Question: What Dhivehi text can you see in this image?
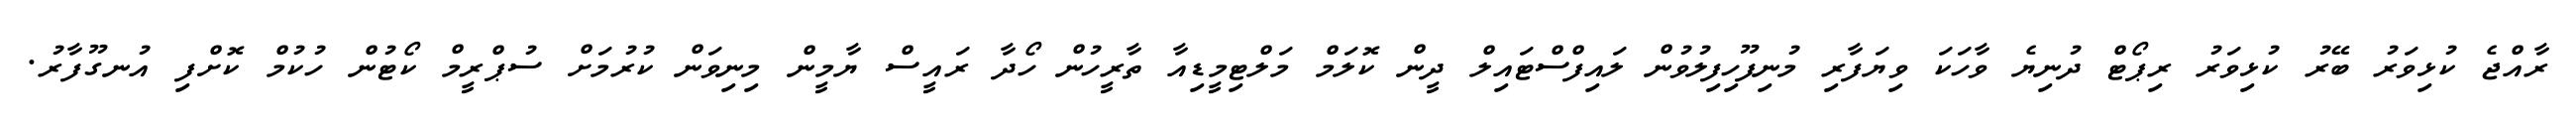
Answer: ރާއްޖެ ކުޅިވަރު ބޭރު ކުޅިވަރު ރިޕޯޓް ދުނިޔެ ވާހަކަ ވިޔަފާރި މުނިފޫހިފިލުވުން ލައިފްސްޓައިލް ދީން ކޮލަމް މަލްޓިމީޑިއާ ތާރީހުން ހޯދާ ރައީސް ޔާމީން މިނިވަން ކުރުމަށް ސުޕްރީމް ކޯޓުން ހުކުމް ކޮށްފި އުނގޫފާރު.